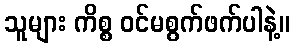
သူများ ကိစ္စ ဝင်မစွက်ဖက်ပါနဲ့။